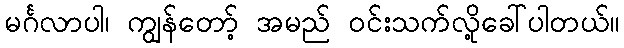
မင်္ဂလာပါ၊ ကျွန်တော့် အမည် ဝင်းသက်လို့ခေါ်ပါတယ်။